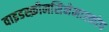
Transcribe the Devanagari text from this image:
वाइडस्क्रीनसिनेमास्कोप